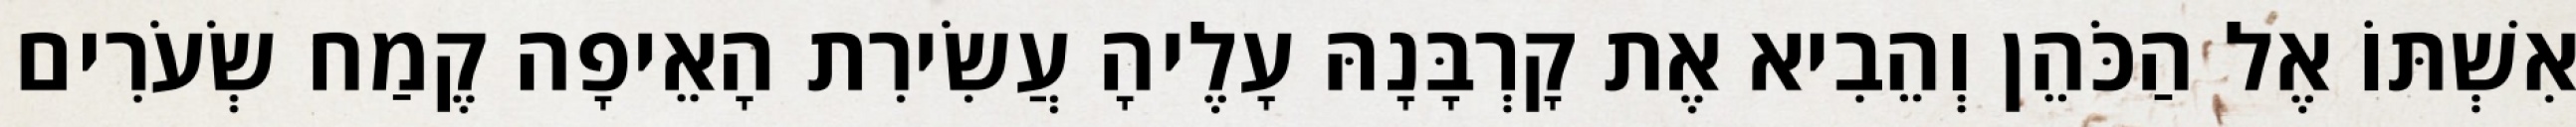
אִשְׁתּוֹ אֶל הַכֹּהֵן וְהֵבִיא אֶת קָרְבָּנָהּ עָלֶיהָ עֲשִׂירִת הָאֵיפָה קֶמַח שְׂעֹרִים